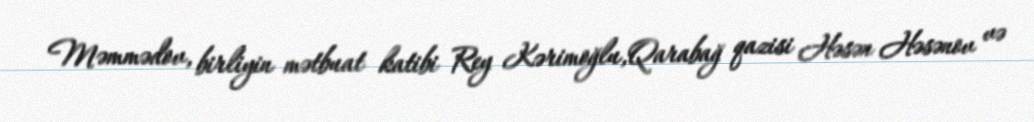
Məmmədov, birliyin mətbuat katibi Rey Kərimoğlu,Qarabağ qazisi Həsən Həsənov və